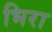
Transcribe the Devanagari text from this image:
भिरा